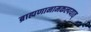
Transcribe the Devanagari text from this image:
ब्राह्मणानामकल्पयात्‌